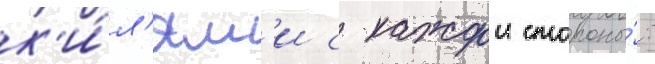
к'и́л'ям'и с каждои стороны́: